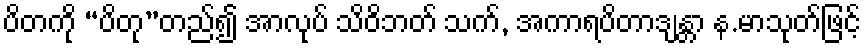
ပိတကို “ပိတု”တည်၍ အာလုပ် သိဝိဘတ် သက်, အကာရပိတာဒျန္တာ န.မာသုတ်ဖြင့်